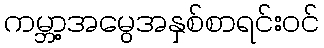
ကမ္ဘာ့အမွေအနှစ်စာရင်းဝင်